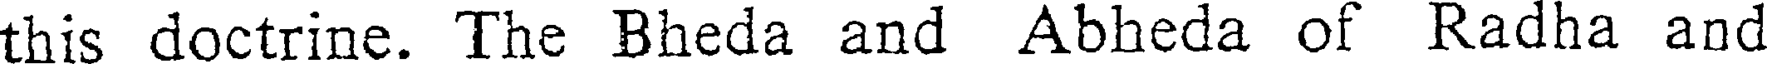
this doctrine. The Bheda and Abheda of Radha and